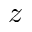
z